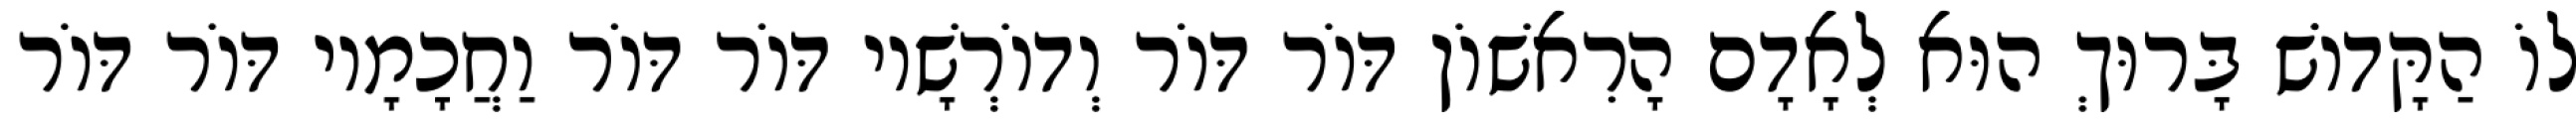
לוֹ הַקָּדוֹשׁ בָּרוּךְ הוּא לְאָדָם הָרִאשׁוֹן דּוֹר דּוֹר וְדוֹרְשָׁיו דּוֹר דּוֹר וַחֲכָמָיו דּוֹר דּוֹר